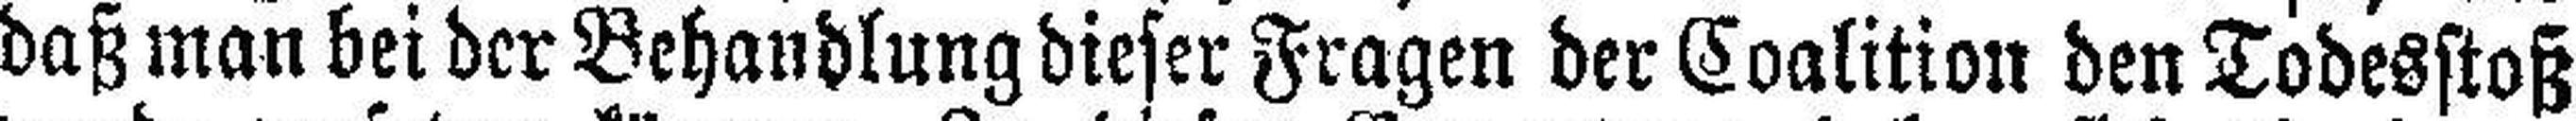
daß man bei der Behandlung dieser Fragen der Coalition den Todesstoß